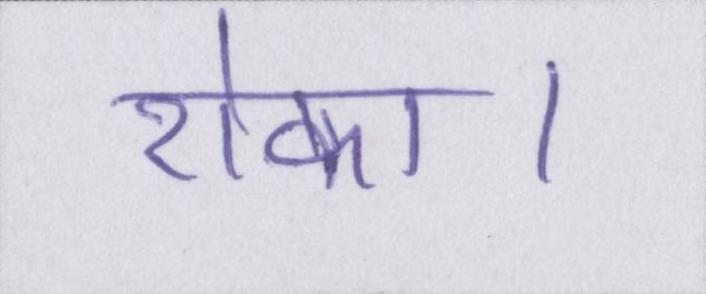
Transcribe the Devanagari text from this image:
रोका।